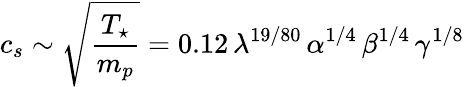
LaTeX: c_{s}\sim\sqrt{\frac{T_{\star}}{m_{p}}}=0.12\, \lambda^{19/80}\, \alpha^{1/4}\, \beta^{1/4}\, \gamma^{1/8}